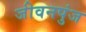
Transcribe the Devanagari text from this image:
जीवनपुंज